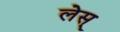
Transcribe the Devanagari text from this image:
लेस्